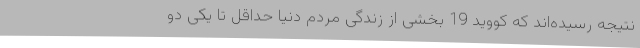
نتیجه رسیده‌اند که کووید 19 بخشی از زندگی مردم دنیا حداقل تا یکی دو